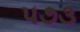
૫૭૩